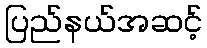
ပြည်နယ်အဆင့်